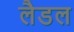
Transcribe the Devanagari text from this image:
लैडल